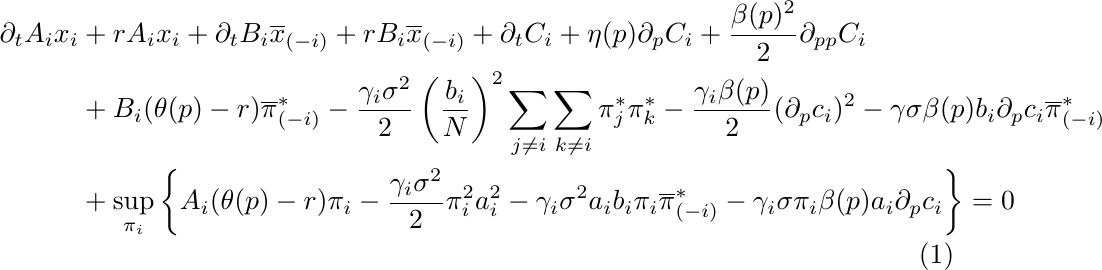
\begin{align}
\nonumber\partial_t A_i x_i&+rA_ix_i+\partial_t B_i \overline x_{(-i)}+rB_i\overline x_{(-i)}+\partial_t C_i+\eta(p)\partial_pC_i+\frac{\beta(p)^2}{2}\partial_{pp}C_i\\
\nonumber &+B_i(\theta(p)-r)\overline \pi^*_{(-i)}-\frac{\gamma_i\sigma^2}{2}\left(\frac{b_i}{N}\right)^2\sum_{j\neq i}\sum_{k\neq i}\pi_j^*\pi^*_k-\frac{\gamma_i\beta(p)}{2}(\partial_pc_i)^2-\gamma\sigma\beta(p)b_i\partial_pc_i\overline \pi^*_{(-i)}\\
&+\sup_{\pi_i}\bigg\{A_i(\theta(p)-r)\pi_i-\frac{\gamma_i\sigma^2}{2}\pi_i^2 a_i^2-\gamma_i\sigma^2a_ib_i\pi_i\overline\pi^*_{(-i)}-\gamma_i\sigma\pi_i\beta(p)a_i\partial_pc_i\bigg\}=0\label{V_i_2}
\end{align}